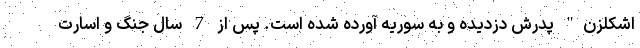
اشکلزن" پدرش دزدیده و به سوریه آورده شده است. پس از 7 سال جنگ و اسارت